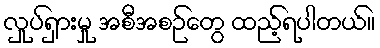
လှုပ်ရှားမှု အစီအစဉ်တွေ ထည့်ရပါတယ်။